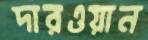
দারওয়ান